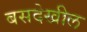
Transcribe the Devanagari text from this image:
बसदेखील